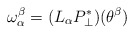
\begin{align*}\omega_\alpha^\beta = (L_\alpha P_\perp^*)(\theta^\beta) \end{align*}